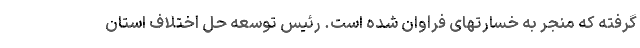
گرفته که منجر به خسارتهای فراوان شده است. رئیس توسعه حل اختلاف استان